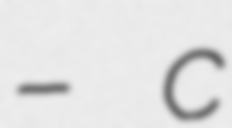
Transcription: – c